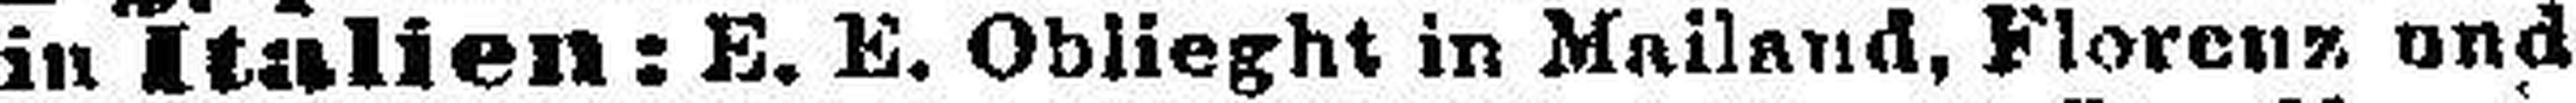
in Italien: E. E. Oblieght in Mailand, Florenz und